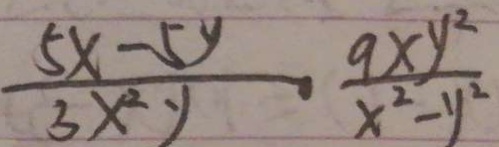
\frac { 5 x - 5 y } { 3 x ^ { 2 } y } - \frac { 9 x y ^ { 2 } } { x ^ { 2 } - y ^ { 2 } }